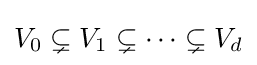
V_{0}\subsetneq V_{1}\subsetneq \cdots \subsetneq V_{d}